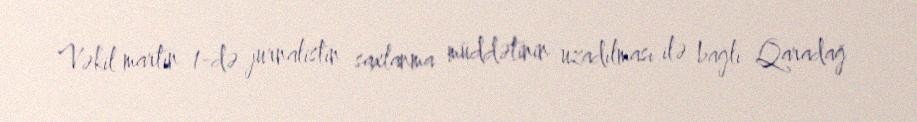
Vəkil martın 1-də jurnalistin saxlanma müddətinin uzadılması ilə bağlı Qaradağ